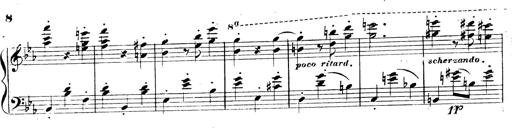
Title: 3 Caprices-Valses
Composer: Franz Liszt